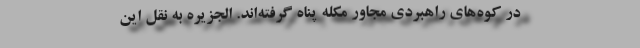
در کوه‌های راهبردی مجاور مکله پناه گرفته‌اند. الجزیره به نقل این